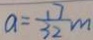
a = \frac { 1 7 } { 3 2 } m